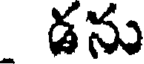
డను